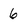
Character: 6